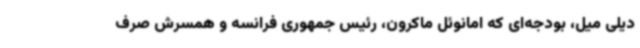
دیلی میل، بودجه‌ای که امانوئل ماکرون، رئیس جمهوری فرانسه و همسرش صرف